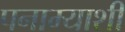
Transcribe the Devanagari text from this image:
पनाम्याशी